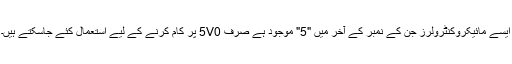
ایسے مائیکروکنٹرولرز جن کے نمبر کے آخر میں "5" موجود ہے صرف 5V0 پر کام کرنے کے لیے استعمال کئے جاسکتے ہیں۔